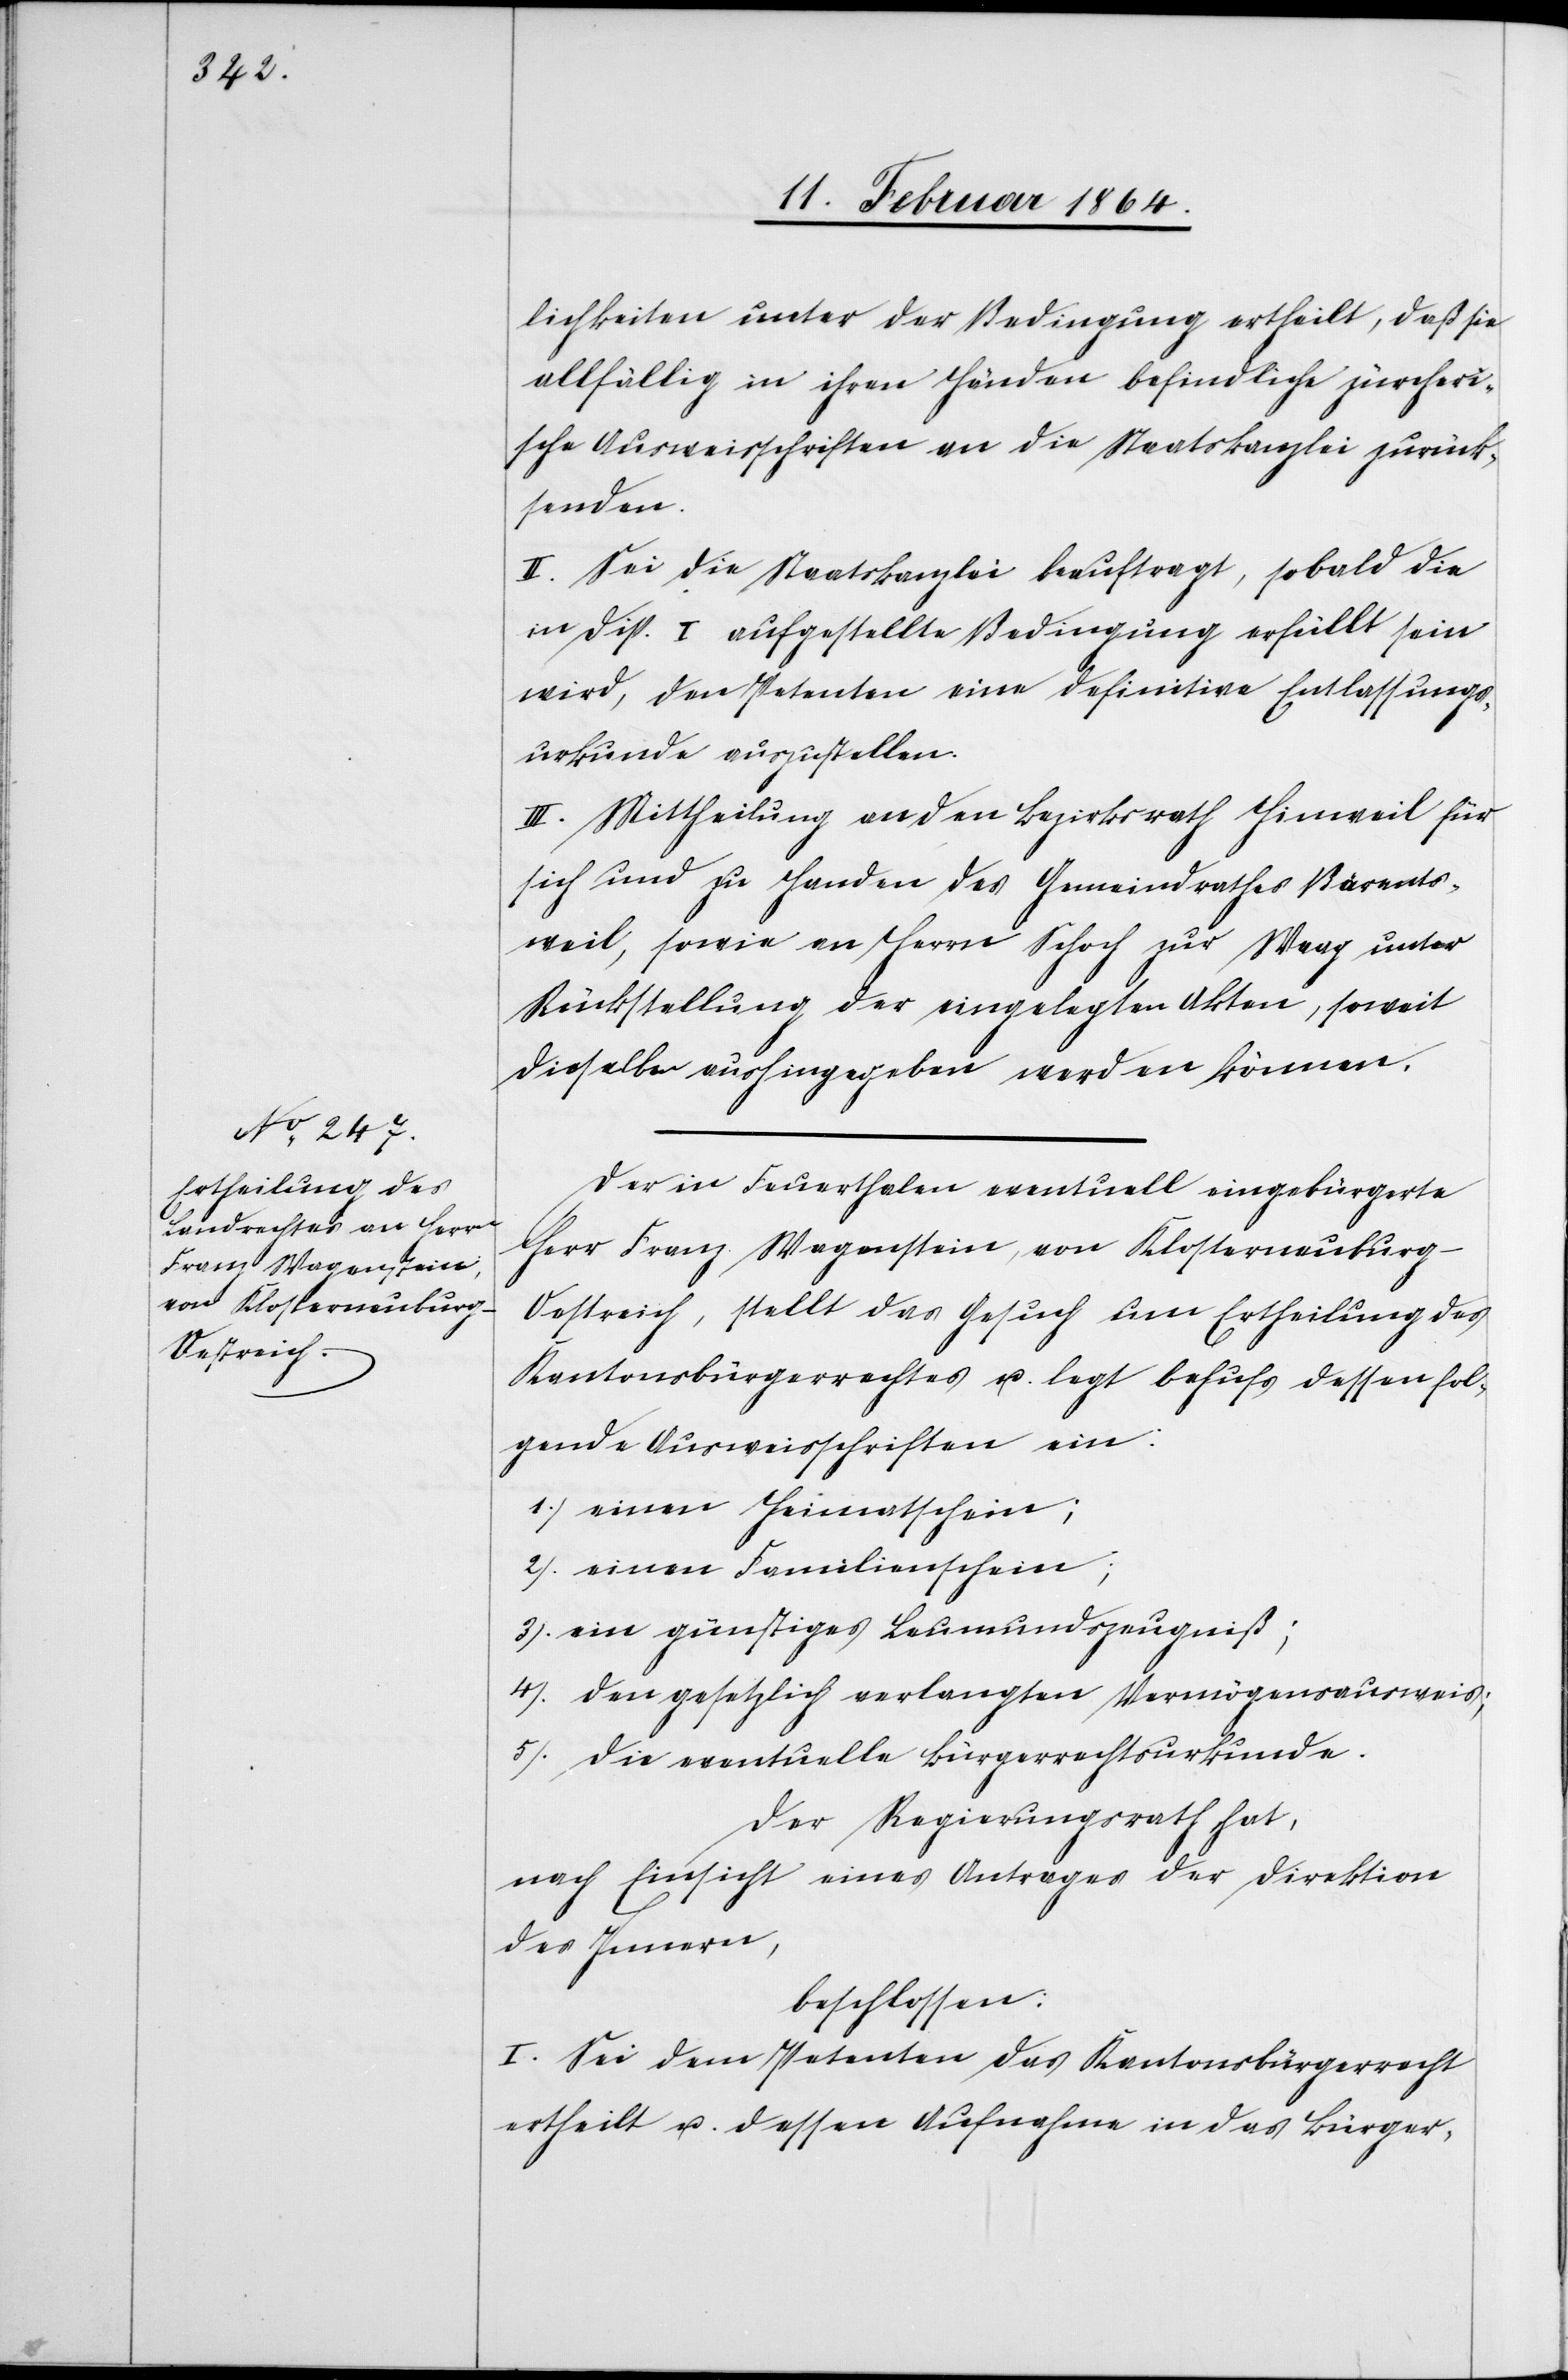
lichkeiten unter der Bedingung ertheilt, daß sie
allfällig in ihren Händen befindliche zürcheri¬
sche Ausweisschriften an die Staatskanzlei zurück¬
senden.
II. Sei die Staatskanzlei beauftragt, sobald die
in Disp. I aufgestellte Bedingung erfüllt sein
wird, den Petenten eine definitive Entlassungs¬
urkunde auszustellen.
II. Mittheilung an den Bezirksrath Hinweil für
sich und zu Handen des Gemeindrathes Bärents¬
weil, sowie an Herrn Schoch zur Waag unter
Rückstellung der eingelegten Akten, soweit
dieselben aushingegeben werden können.
Der in Feuerthalen eventuell eingebürgerte
Herr Franz Wagenstein, von Klosterneuburg
Oestreich, stellt das Gesuch um Ertheilung des
Kantonsbürgerrechtes u. legt behufs dessen fol¬
gende Ausweisschriften ein:
1.) einen Heimatschein;
2.) einen Familienschein;
3.) ein günstiges Leumundszeugniß;
4.) den gesetzlich verlangten Vermögensausweis;
5.) die eventuelle Bürgerrechtsurkunde.
Der Regierungsrath hat,
nach Einsicht eines Antrages der Direktion
des Innern,
beschlossen:
I. Sei dem Petenten das Kantonsbürgerrecht
ertheilt u. dessen Aufnahme in das Bürger-